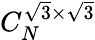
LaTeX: C_{N}^{\sqrt{3}\times\sqrt{3}}